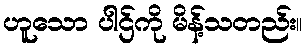
ဟူသော ပါဌ်ကို မိန့်သတည်း။